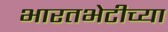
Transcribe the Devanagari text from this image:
भारतभेटीच्या